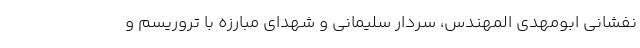
نفشانی ابومهدی المهندس، سردار سلیمانی و شهدای مبارزه با تروریسم و